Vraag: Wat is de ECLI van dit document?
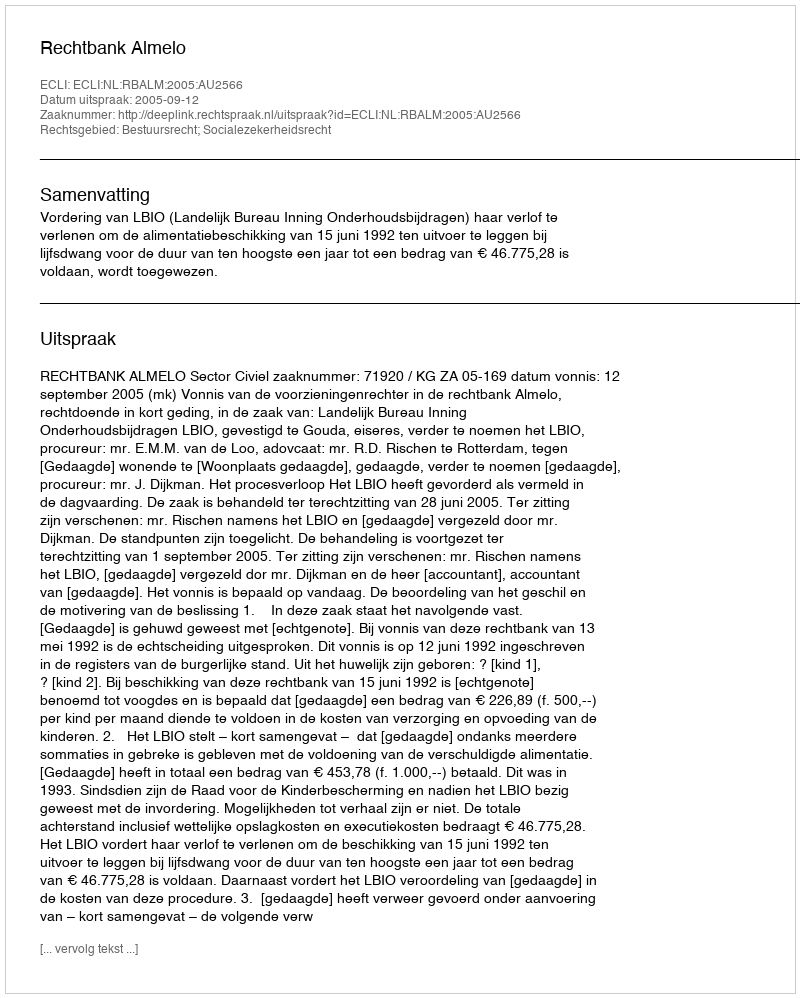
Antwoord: ECLI:NL:RBALM:2005:AU2566